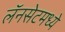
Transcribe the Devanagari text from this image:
लॅनसेटमध्ये